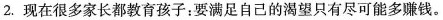
2.现在很多家长都教育孩子，要满足自己的渴望只有尽可能多赚钱。